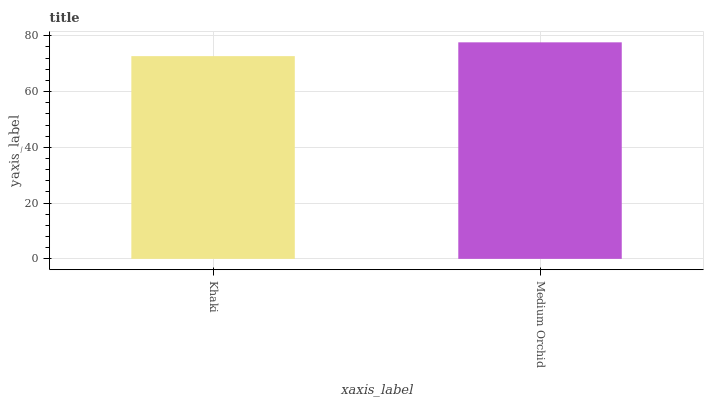
| xaxis_label | bars |
 | --- | --- |
 | Khaki | 72.7 |
 | Medium Orchid | 77.6 |